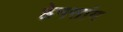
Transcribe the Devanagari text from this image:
ह्नेनसांग